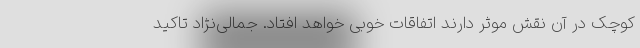
کوچک در آن نقش موثر دارند اتفاقات خوبی خواهد افتاد. جمالی‌نژاد تاکید